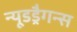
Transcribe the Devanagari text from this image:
न्यूडड्रैगन्स